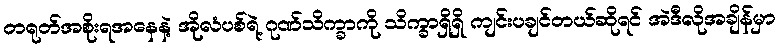
တရုတ်အစိုးရအနေနဲ့ အိုလံပစ်ရဲ့ ဂုဏ်သိက္ခာကို သိက္ခာရှိရှိ ကျင်းပချင်တယ်ဆိုရင် အဲဒီလိုအချိန်မှာ